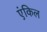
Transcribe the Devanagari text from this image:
एंकिल